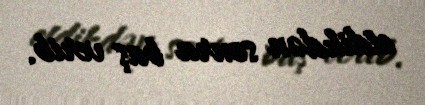
etdikdən sonra baş verib.